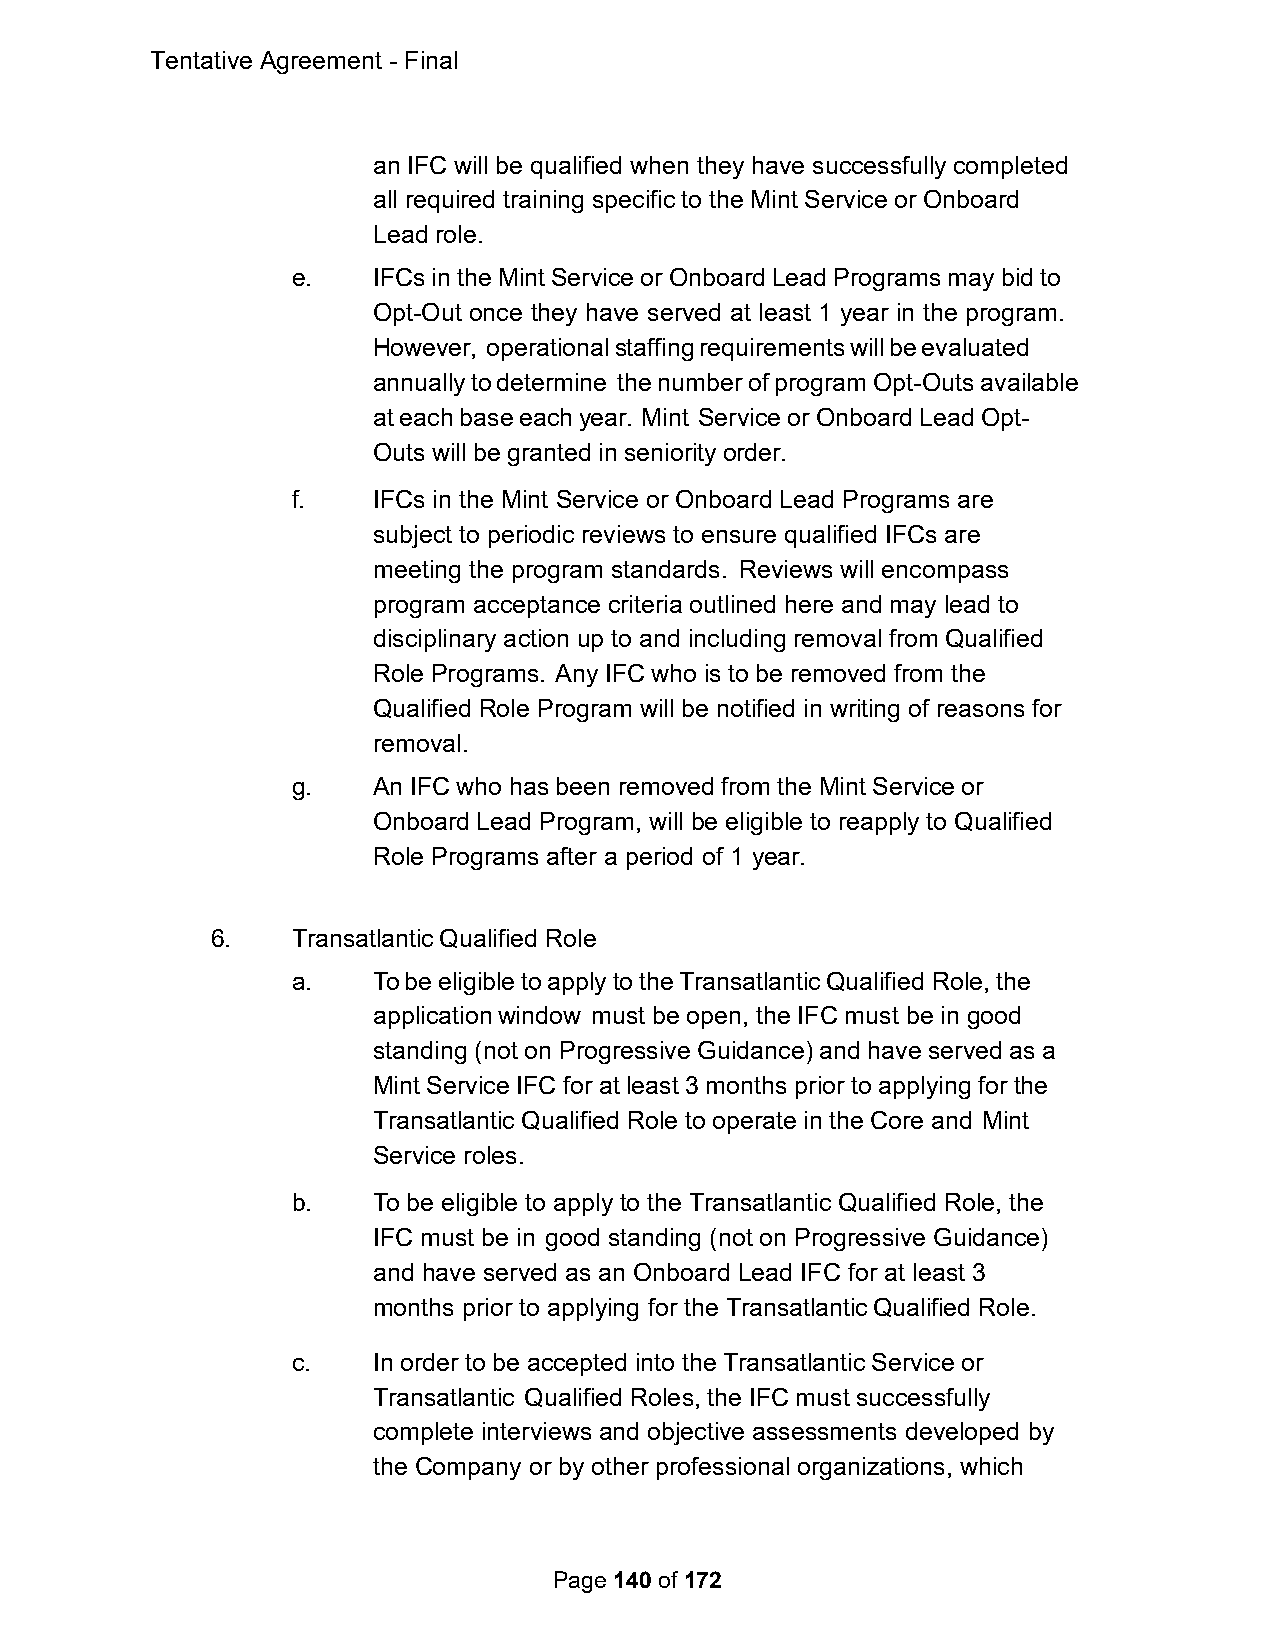
Tentative Agreement - Final
 an IFC will be qualified when they have successfully completed
 all required training specific to the Mint Service or Onboard
 Lead role.
 e.    IFCs in the Mint Service or Onboard Lead Programs may bid to
 Opt-Out once they have served at least 1 year in the program.
 However, operational staffing requirements will be evaluated
 annually to determine the number of program Opt-Outs available
 at each base each year. Mint Service or Onboard Lead Opt-
 Outs will be granted in seniority order.
 f.    IFCs in the Mint Service or Onboard Lead Programs are
 subject to periodic reviews to ensure qualified IFCs are
 meeting the program standards. Reviews will encompass
 program acceptance criteria outlined here and may lead to
 disciplinary action up to and including removal from Qualified
 Role Programs. Any IFC who is to be removed from the
 Qualified Role Program will be notified in writing of reasons for
 removal.
 g.    An IFC who has been removed from the Mint Service or
 Onboard Lead Program, will be eligible to reapply to Qualified
 Role Programs after a period of 1 year.
 6.   Transatlantic Qualified Role
 a.    To be eligible to apply to the Transatlantic Qualified Role, the
 application window must be open, the IFC must be in good
 standing (not on Progressive Guidance) and have served as a
 Mint Service IFC for at least 3 months prior to applying for the
 Transatlantic Qualified Role to operate in the Core and Mint
 Service roles.
 b.    To be eligible to apply to the Transatlantic Qualified Role, the
 IFC must be in good standing (not on Progressive Guidance)
 and have served as an Onboard Lead IFC for at least 3
 months prior to applying for the Transatlantic Qualified Role.
 c.    In order to be accepted into the Transatlantic Service or
 Transatlantic Qualified Roles, the IFC must successfully
 complete interviews and objective assessments developed by
 the Company or by other professional organizations, which
 Page 140 of 172